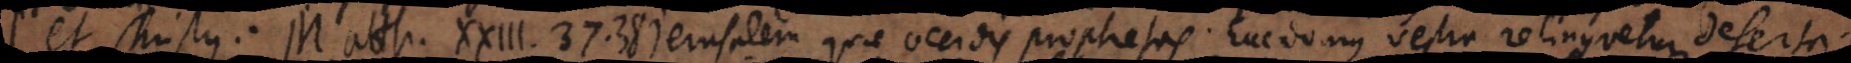
et Christus: Matth. XXIII, 37. 38. Jerusalem quae occidis prophetas. Ecce domus vestra relinquetur deserta.